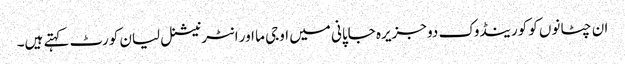
ان چٹانوں کو کورینڈوک دو جزیرہ جاپانی میں اوجی ما اور انٹرنیشنل لیان کورٹ کہتے ہیں۔